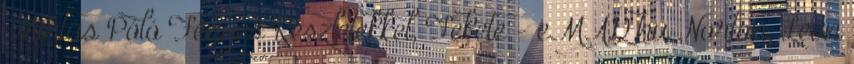
Mintás Póló Fényes Részletekkel, Fekete - eMAG.hu Norton, Leon